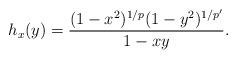
LaTeX: \begin{align*}h_x(y) = \frac{(1-x^2)^{1/p}(1-y^2)^{1/p'}}{1-xy}.\end{align*}